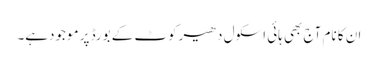
ان کا نام آج بھی ہائی اسکول دھیرکوٹ کے بورڈ پر موجودہے۔